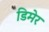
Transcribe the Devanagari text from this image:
डिमेर